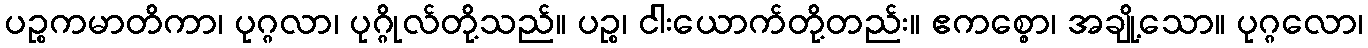
ပဉ္စကမာတိကာ၊ ပုဂ္ဂလာ၊ ပုဂ္ဂိုလ်တို့သည်။ ပဉ္စ၊ ငါးယောက်တို့တည်း။ ဧကစ္စော၊ အချို့သော။ ပုဂ္ဂလော၊